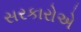
સરકારોએ